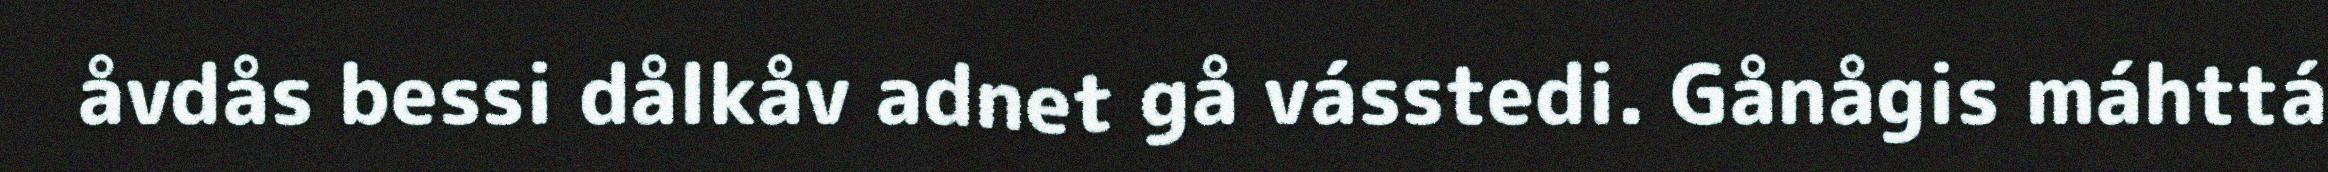
åvdås bessi dålkåv adnet gå vásstedi. Gånågis máhttá